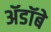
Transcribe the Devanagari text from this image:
ॲडॉबे